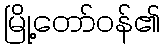
မြို့တော်ဝန်၏